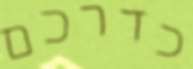
כדרכם